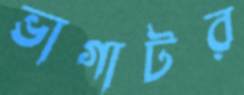
ভাগাটর